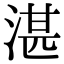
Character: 湛